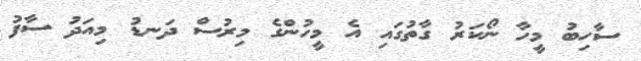
ސާހިބު މީހާ ނޯކަރު ގާތުގައި އެ މީހުންގެ މިރުސް ދަނޑު މިއަދު ސާފު